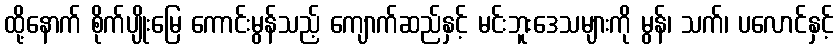
ထို့နောက် စိုက်ပျိုးမြေ ကောင်းမွန်သည့် ကျောက်ဆည်နှင့် မင်းဘူးဒေသများကို မွန်၊ သက်၊ ပလောင်နှင့်